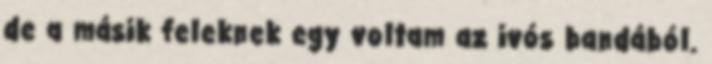
de a másik feleknek egy voltam az ivós bandából.